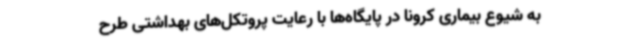
به شیوع بیماری کرونا در پایگاه‌ها با رعایت پروتکل‌های بهداشتی طرح